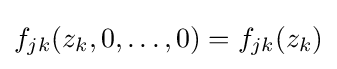
f_{jk}(z_{k},0,\ldots ,0)=f_{jk}(z_{k})